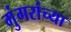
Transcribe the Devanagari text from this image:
गुंगरांच्या